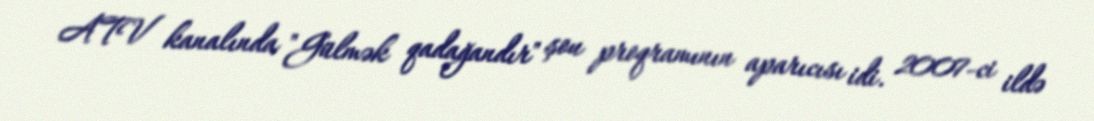
ATV kanalında "Gülmək qadağandır" şou proqramının aparıcısı idi. 2007-ci ildə